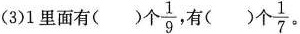
(3)1里面有( )个\frac{1}{9}，有( )个\frac{1}{7}。